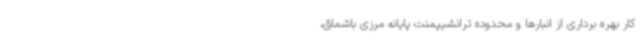
کار بهره برداری از انبارها و محدوده ترانشیپمنت پایانه مرزی باشماق،